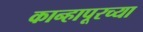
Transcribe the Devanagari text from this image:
कान्हापूरच्या